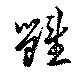
雍